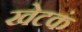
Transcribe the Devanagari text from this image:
खेटकं